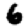
Digit: 6